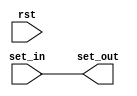
`timescale 1ns / 1ps
//////////////////////////////////////////////////////////////////////////////////
// Company: 
// Engineer: 
// 
// Design Name: 
// Module Name:    set_checker 
// Project Name: 
// Target Devices: 
// Tool versions: 
// Description: 
//
// Dependencies: 
//
// Revision: 
// Revision 0.01 - File Created
// Additional Comments: 
//
//////////////////////////////////////////////////////////////////////////////////
module set_checker(input rst,
						input[6:0] set_in,
						output reg[6:0] set_out);
	always @(*) begin
		if(rst) begin
			set_out <= 7'b0000000;
		end
		
		set_out<=set_in;
	end

endmodule